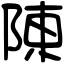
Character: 陳